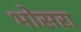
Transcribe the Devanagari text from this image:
भोसरा